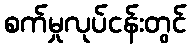
စက်မှုလုပ်ငန်းတွင်